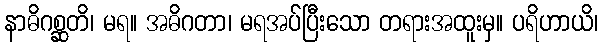
နာဓိဂစ္ဆတိ၊ မရ။ အဓိဂတာ၊ မရအပ်ပြီးသော တရားအထူးမှ။ ပရိဟာယိ၊